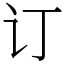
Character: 订